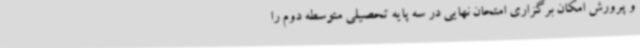
و پرورش امکان برگزاری امتحان نهایی در سه پایه تحصیلی متوسطه دوم را